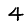
Digit: 4